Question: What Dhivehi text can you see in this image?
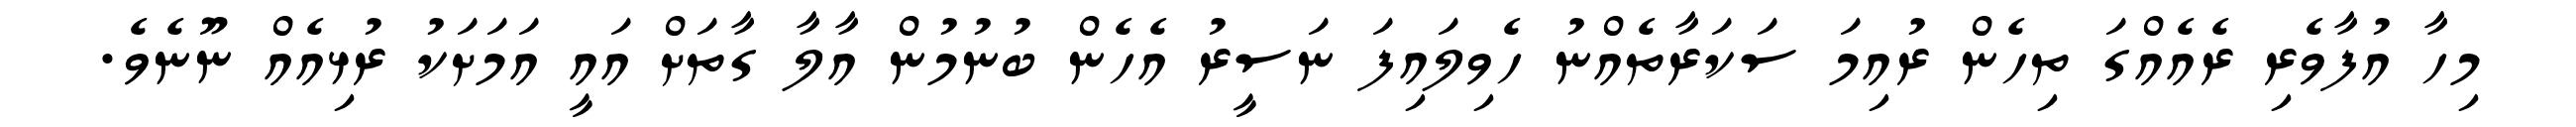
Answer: މިހާ އުފާވެރި ރެއެއްގަ ތިހެން ރުއިމަ ސަކަރާތެއްނު ހެވިލައިފަ ނަސީރު އެހެން ބުނުމުން އާލާ ގާތަށް އައީ އަމަށަކު ރުޅިއެއް ނޫނެވެ.